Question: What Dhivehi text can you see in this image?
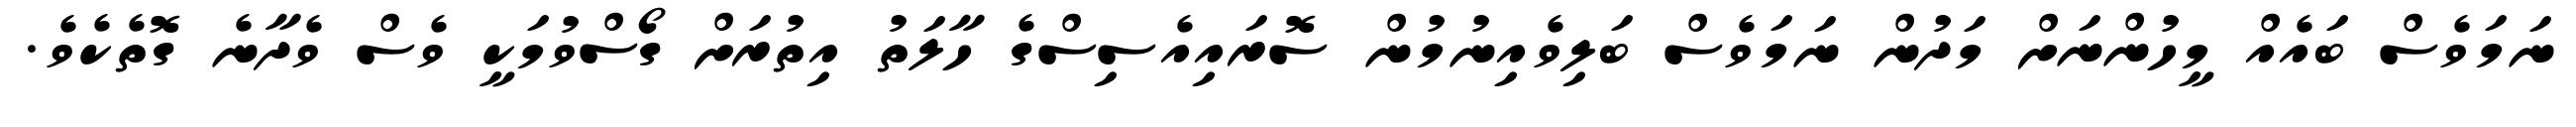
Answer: ނަމަވެސް ބައެއް މީހުންނަށް މަދުން ނަމަވެސް ބަލިވެއިނުމުން ސޮރައިއެސިސްގެ ހާލަތު އިތުރަށް ގޯސްވުމަކީ ވެސް ވެދާނެ ގޮތެކެވެ.